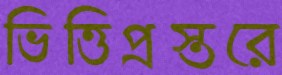
ভিত্তিপ্রস্তরে